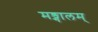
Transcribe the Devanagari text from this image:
मङ्गालम्